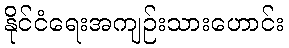
နိုင်ငံရေးအကျဉ်းသားဟောင်း